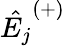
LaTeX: \hat{E_{j}}^{(+)}